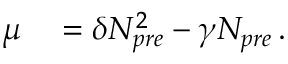
\begin{array} { r l } { \mu } & { { } = \delta N _ { p r e } ^ { 2 } - \gamma N _ { p r e } \, . } \end{array}